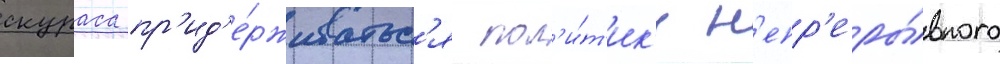
скураса пр'ид'е́рживатьс'я пол'и́т'ик'и н'епр'еры́вного